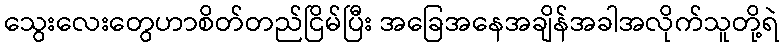
သွေးလေးတွေဟာစိတ်တည်ငြိမ်ပြီး အခြေအနေအချိန်အခါအလိုက်သူတို့ရဲ